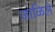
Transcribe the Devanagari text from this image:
जाळिले